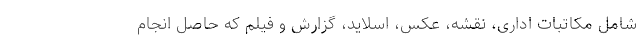
شامل مکاتبات اداری، نقشه، عکس، اسلاید، گزارش و فیلم که حاصل انجام